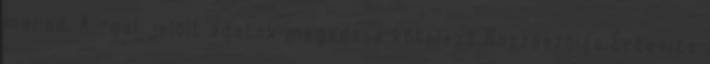
marad. A -gal jelölt adatok megadása kötelező Hozzászólás Értesíts